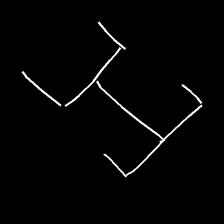
Glyph: entwine